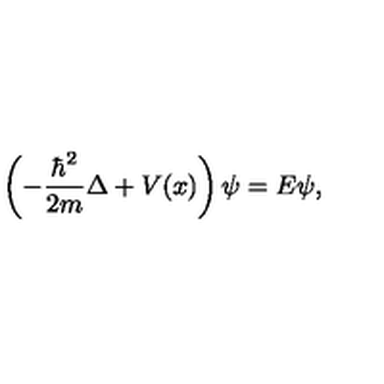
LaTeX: \left( - { \frac { \hbar ^ { 2 } } { 2 m } } \Delta + V ( x ) \right) \psi = E \psi ,